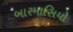
બારમાસિયો